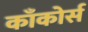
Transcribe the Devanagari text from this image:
काँकोर्स